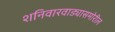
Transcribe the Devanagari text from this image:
शनिवारवाड्यासमोरील